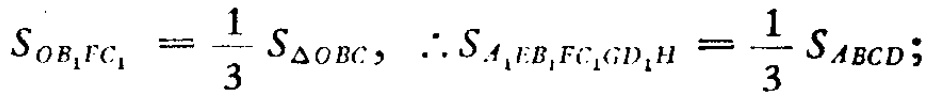
\(S_{OB_{1}FC_{1}} = \frac{1}{3} S_{\triangle OBC}, \therefore S_{A_{1}EB_{1}FC_{1}GD_{1}H} = \frac{1}{3} S_{ABCD};\)